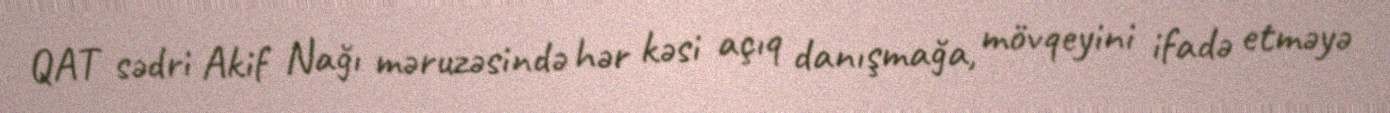
QAT sədri Akif Nağı məruzəsində hər kəsi açıq danışmağa, mövqeyini ifadə etməyə